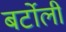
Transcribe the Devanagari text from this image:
बर्टोली